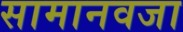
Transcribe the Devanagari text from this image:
सामानवजा